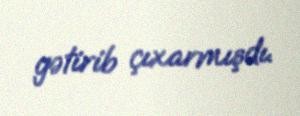
gətirib çıxarmışdı.